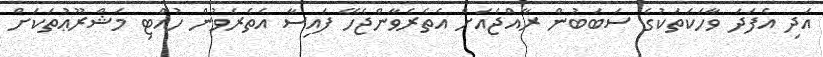
އަދި އެފަދަ ވާހަކަތަކުގެ ސަބަބުން ރާއްޖެއަށް އެތެރެވާންޖެހޭ ފައިސާ އެތެރެވުން ހުއްޓި މަޝްރޫޢުތަކަށް